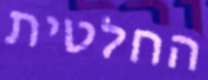
החלטית